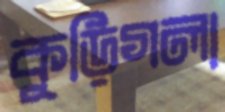
কুড়িগলা